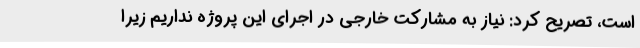
است، تصریح کرد: نیاز به مشارکت خارجی در اجرای این پروژه نداریم زیرا